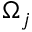
\Omega _ { j }